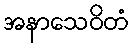
အနာသေဝိတံ